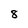
Character: 8